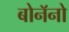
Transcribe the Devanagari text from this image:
बोनॅनो